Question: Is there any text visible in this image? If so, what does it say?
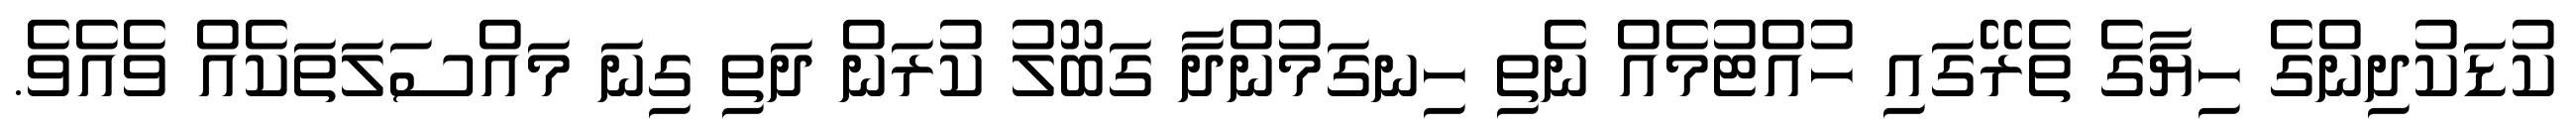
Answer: ކުޑަކުދިންގެ ހިޔާގެ ތެރޭގައި ހުއްޓުމެއް ނެތި ހިނގަމުންދާ ގަބޫލު ކުރަން ދަތި ގިނަ މައްސަލަތަކެއް ވެއެވެ.